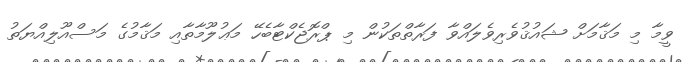
ވީމާ މި މަޤާމަށް ޝައުޤުވެރިވެލައްވާ ފަރާތްތަކުން މި ޕްރޮޖެކްޓާބެހޭ މަޢުލޫމާތާއި މަޤާމުގެ މަސްއޫލިއްޔަތު